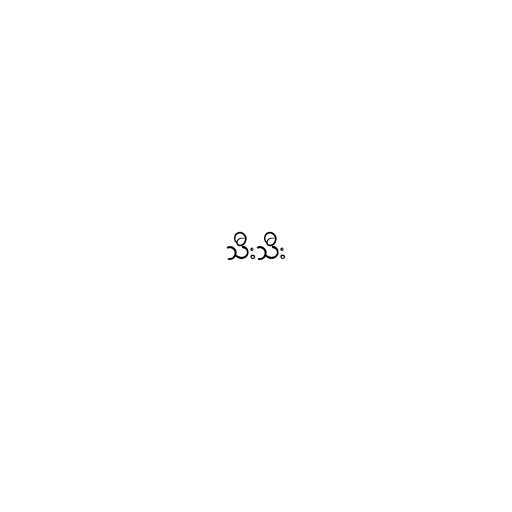
သီးသီး